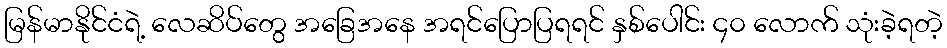
မြန်မာနိုင်ငံရဲ့ လေဆိပ်တွေ အခြေအနေ အရင်ပြောပြရရင် နှစ်ပေါင်း ၄၀ လောက် သုံးခဲ့ရတဲ့